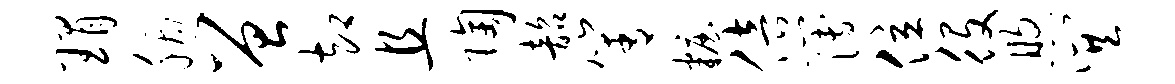
瑁胭曾却且陶韶箐妆倍簿位役煦巽